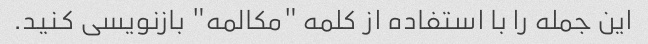
این جمله را با استفاده از کلمه "مکالمه" بازنویسی کنید.